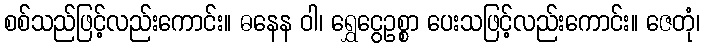
စစ်သည်ဖြင့်လည်းကောင်း။ ဓနေန ဝါ၊ ရွှေငွေဥစ္စာ ပေးသဖြင့်လည်းကောင်း။ ဇေတုံ၊